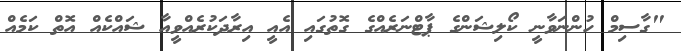
"ގާސިމް ހުންނަވާނީ ކޯލިޝަންގެ ޕާޓްނަރެއްގެ ގޮތުގައި އެއީ އިރާދަކުރެއްވީއާ ޝައްކެއް އޮތް ކަމެއް